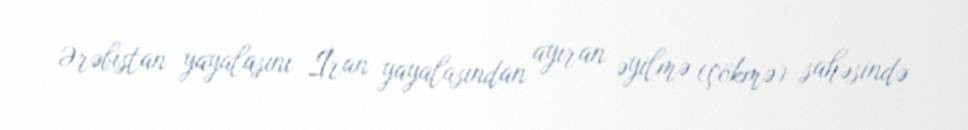
Ərəbistan yayalasını İran yayalasından ayıran əyilmə (çökmə) sahəsində